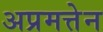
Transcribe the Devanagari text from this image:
अप्रमत्तेन